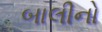
બાલીનો